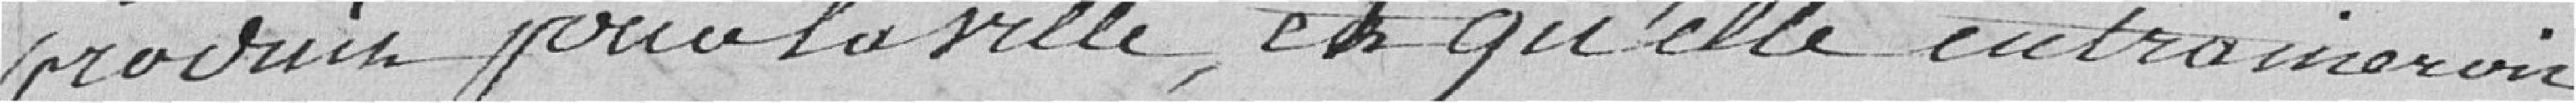
produit pour la Ville, et qu'elle entrainerait